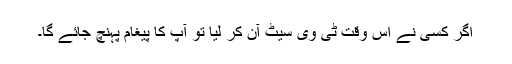
اگر کسی نے اس وقت ٹی وی سیٹ آن کر لیا تو آپ کا پیغام پہنچ جائے گا۔